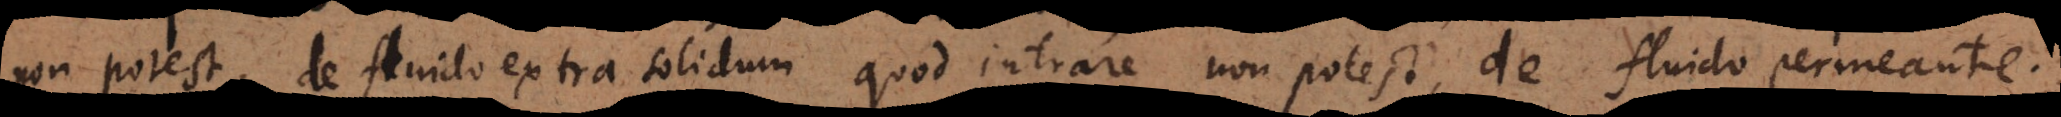
non potest, de fluido extra solidum quod intrare non potest, de fluido permeante.